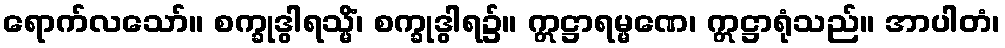
ရောက်လသော်။ စက္ခုဒွါရသ္မိံ၊ စက္ခုဒွါရ၌။ ဣဋ္ဌာရမ္မဏေ၊ ဣဋ္ဌာရုံသည်။ အာပါတံ၊